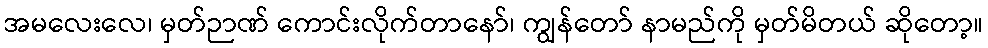
အမလေးလေ၊ မှတ်ဉာဏ် ကောင်းလိုက်တာနော်၊ ကျွန်တော် နာမည်ကို မှတ်မိတယ် ဆိုတော့။